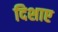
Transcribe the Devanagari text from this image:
दिशाए